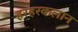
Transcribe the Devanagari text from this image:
हरहरकलान